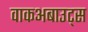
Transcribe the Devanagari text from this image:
वाकअबाउट्स